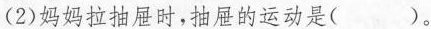
(2)妈妈拉抽屉时，抽屉的运动是()。